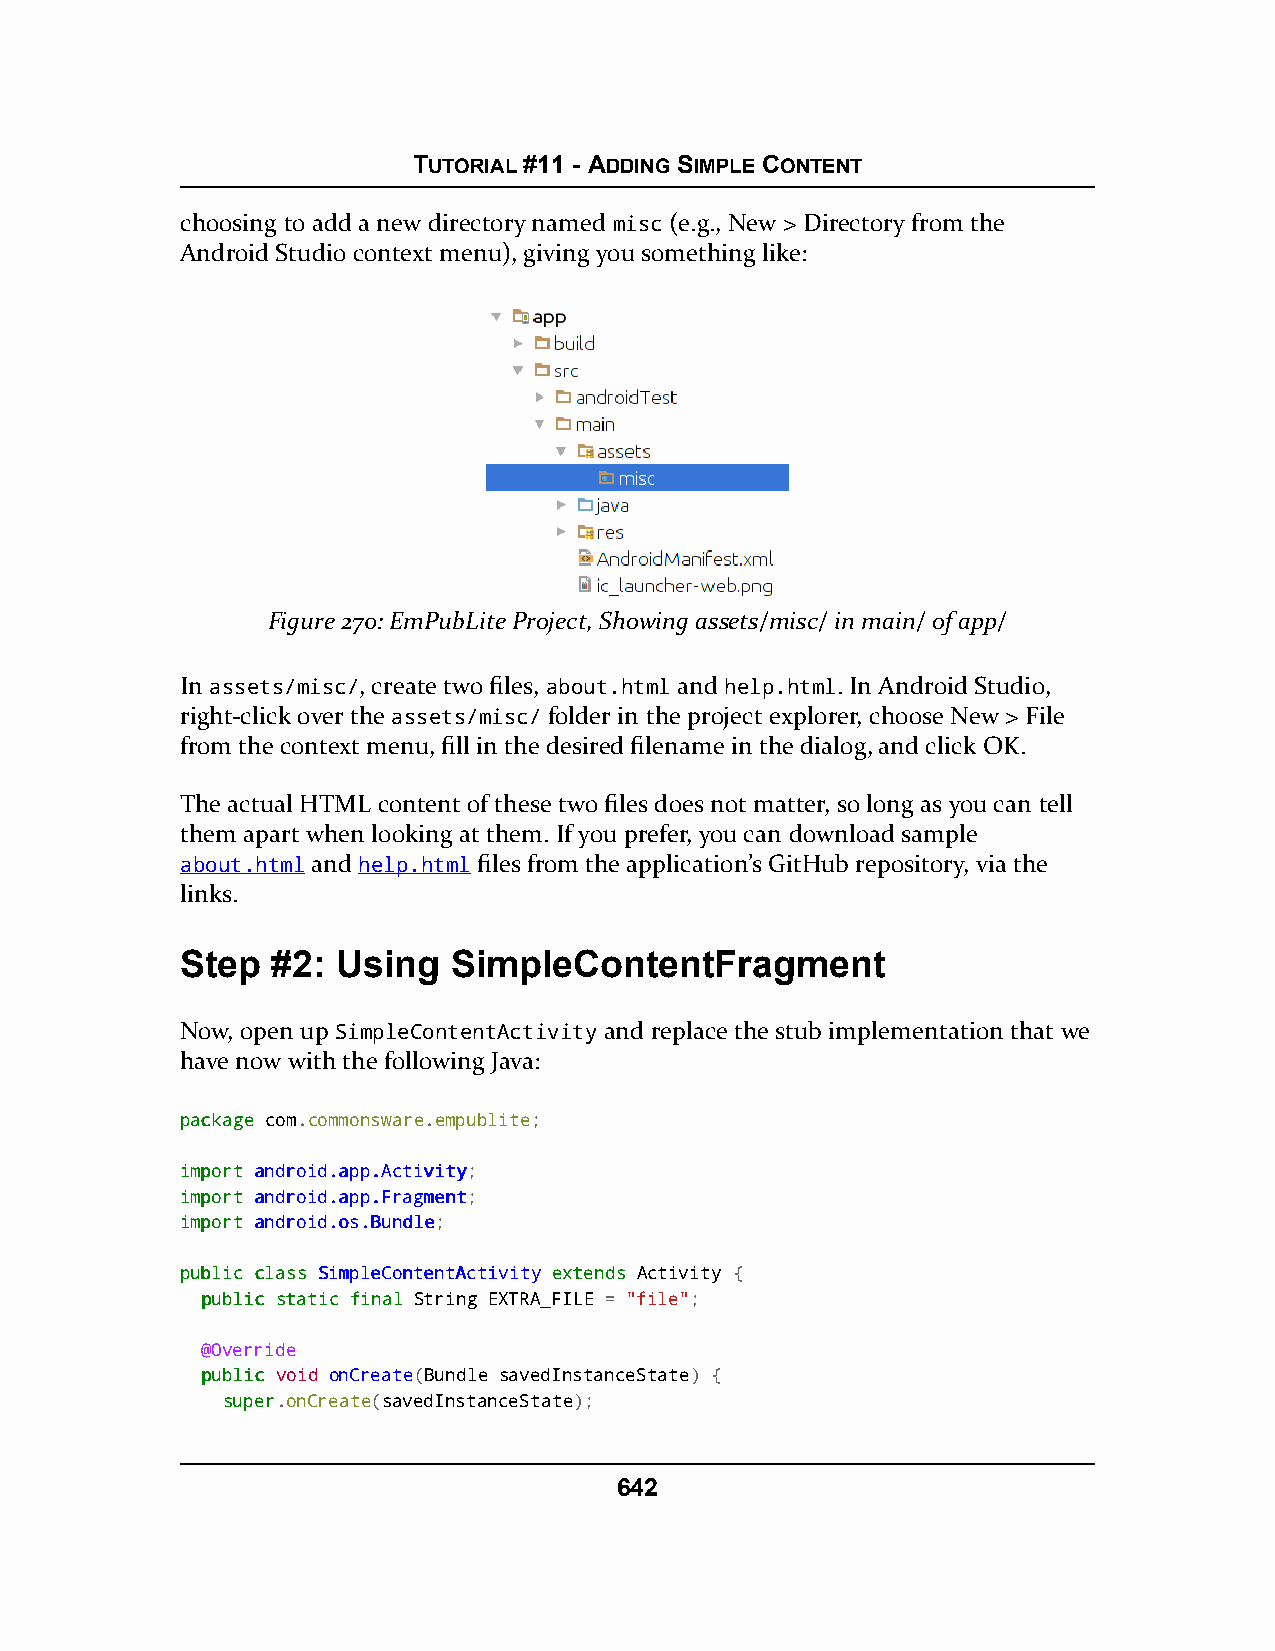
TUTORIAL #11 - ADDING SIMPLE CONTENT
 choosing to add a new directory named misc (e.g., New > Directory from the
 Android Studio context menu), giving you something like:
 Figure 270: EmPubLite Project, Showing assets/misc/ in main/ of app/
 In assets/misc/, create two files, about.html and help.html. In Android Studio,
 right-click over the assets/misc/ folder in the project explorer, choose New > File
 from the context menu, fill in the desired filename in the dialog, and click OK.
 The actual HTML content of these two files does not matter, so long as you can tell
 them apart when looking at them. If you prefer, you can download sample
 about.html and help.html files from the application’s GitHub repository, via the
 links.
 Step  #2: Using   SimpleContentFragment
 Now, open up SimpleContentActivity and replace the stub implementation that we
 have now with the following Java:
 ppaacckkaaggee com.commonsware.empublite;
 iimmppoorrtt aannddrrooiidd..aapppp..AAccttiivviittyy;
 iimmppoorrtt aannddrrooiidd..aapppp..FFrraaggmmeenntt;
 iimmppoorrtt aannddrrooiidd..ooss..BBuunnddllee;
 ppuubblliicc ccllaassss SSiimmpplleeCCoonntteennttAAccttiivviittyy eexxtteennddss Activity {
 ppuubblliicc ssttaattiicc ffiinnaall String EXTRA_FILE = "file";
 @Override
 ppuubblliicc void onCreate(Bundle savedInstanceState) {
 ssuuppeerr.onCreate(savedInstanceState);
 642